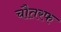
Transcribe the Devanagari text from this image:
चौतरफ